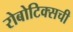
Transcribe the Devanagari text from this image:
रोबोटिक्सची